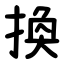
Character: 換